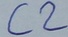
Text: C2